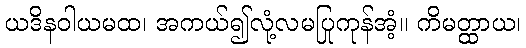
ယဒိနဝါယမထ၊ အကယ်၍လုံ့လမပြုကုန်အံ့။ ကိမတ္ထာယ၊